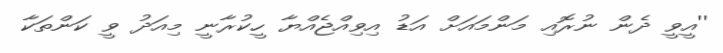
''އީވީ ދެން ނުރޮއި މަންމައަށް އަޑު އިވިއްޖެއްޔާ ހީކުރާނީ މިއަދު ވީ ކަންތަކާ